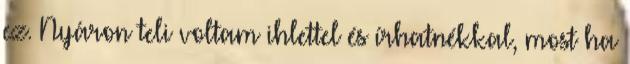
ez. Nyáron teli voltam ihlettel és írhatnékkal, most ha